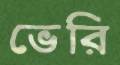
ভেরি